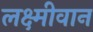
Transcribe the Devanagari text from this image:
लक्ष्मीवान